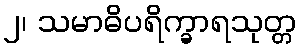
၂၊ သမာဓိပရိက္ခာရသုတ္တ